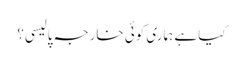
کیا ہے ہماری کوئی خارجہ پالیسی؟